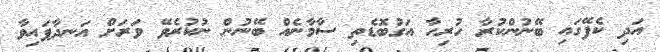
އަދި ކެފޭގައި ބޭނުންކުރާ ހުރިހާ އަގުބޮޑެތި ސާމާނެއް ބޭނުން ނުކުރެވޭ ވަރަށް އަނދާފައިވާ